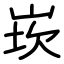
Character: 崁